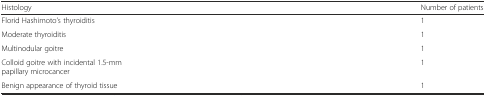
| Histology | Number of patients |
 | --- | --- |
 | Florid Hashimoto’s thyroiditis | 1 |
 | Moderate thyroiditis | 1 |
 | Multinodular goitre | 1 |
 | Colloid goitre with incidental 1.5-mm papillary microcancer | 1 |
 | Benign appearance of thyroid tissue | 1 |